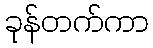
ခုန်တက်ကာ